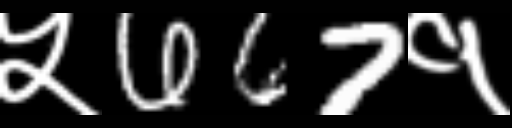
Text: ५667१